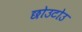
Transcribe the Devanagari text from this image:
छोउटोउ